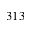
3 1 3